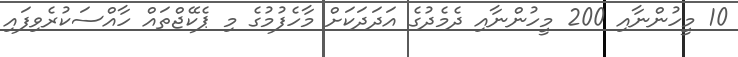
10 މީހުންނާއި 200 މީހުންނާއި ދެމެދުގެ އަދަދަކަށް މާހެފުމުގެ މި ޕެކޭޖްތައް ހާއްސަކުރެވިފައި